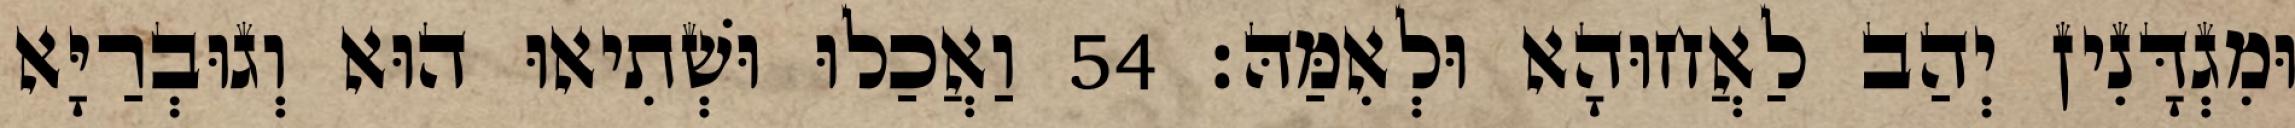
וּמִגְדָּנִין יְהַב לַאֲחוּהָא וּלְאִמַּהּ׃ 54 וַאֲכַלוּ וּשְׁתִיאוּ הוּא וְגוּבְרַיָּא